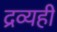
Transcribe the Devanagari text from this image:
द्रव्यही